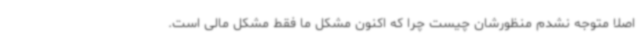
اصلا متوجه نشدم منظورشان چیست چرا که اکنون مشکل ما فقط مشکل مالی است.